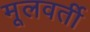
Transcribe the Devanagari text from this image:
मूलवर्ती